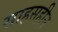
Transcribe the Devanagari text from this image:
साहसहीन